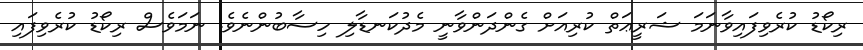
ރިކޯޑު ކުރެވިފައިވާނަމަ ޝަރީޢަތް ކުރިއަށް ގެންދަންވާނީ މެދުކަނޑާލި ހިސާބުންނެވެ. ނަމަވެސް ރިކޯޑު ކުރެވިފައި